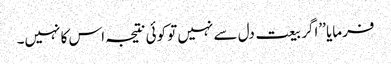
فرمایا ’’اگر بیعت دل سے نہیں تو کوئی نتیجہ اس کا نہیں۔